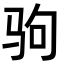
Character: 驹